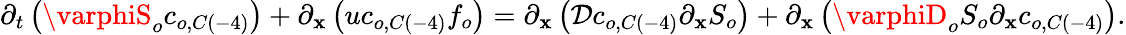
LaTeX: \partial_{t}\left(\varphiS_{o}c_{o,C\left(-4\right)}\right)+\partial_{\mathbf{x}}\left(uc_{o,C\left(-4\right)}f_{o}\right)=\partial_{\mathbf{x}}\left(\mathcal{{D}}c_{o,C\left(-4\right)}\partial_{\mathbf{x}}S_{o}\right)+\partial_{\mathbf{x}}\left(\varphiD_{o}S_{o}\partial_{\mathbf{x}}c_{o,C\left(-4\right)}\right).